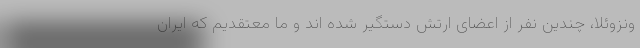
ونزوئلا، چندین نفر از اعضای ارتش دستگیر شده اند و ما معتقدیم که ایران